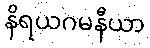
နိရယဂမနီယာ